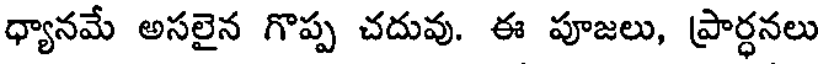
ధ్యానమే అసలైన గొప్ప చదువు. ఈ పూజలు, ప్రార్ధనలు